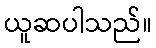
ယူဆပါသည်။